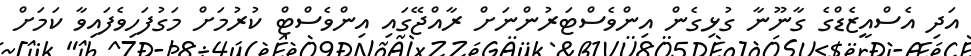
އަދި އެސްއީޒެޑްގެ ގާނޫނާ ގުޅިގެން އިންވެސްޓަރުންނަށް ރާއްޖޭގައި އިންވެސްޓް ކުރުމަށް މަގުފަހިވެފައިވާ ކަަމަށް